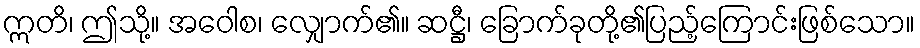
ဣတိ၊ ဤသို့။ အဝေါစ၊ လျှောက်၏။ ဆဋ္ဌီ၊ ခြောက်ခုတို့၏ပြည့်ကြောင်းဖြစ်သော။